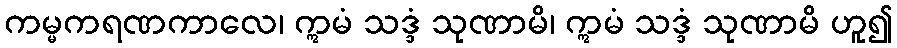
ကမ္မကရဏကာလေ၊ ဣမံ သဒ္ဒံ သုဏာမိ၊ ဣမံ သဒ္ဒံ သုဏာမိ ဟူ၍